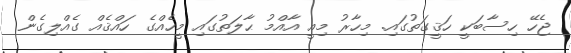
ޖެހޭ ހިސާބަކީ ހަޤީގަތުގައި. މިހާރު މިއީ އާއްމު ޙާލަތުގައި މީހެއްގެ ހައްޤެއް ގެއްލިގެން